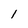
Character: 1